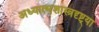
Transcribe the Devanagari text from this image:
अध्यात्मशास्त्रदृष्ट्या